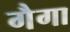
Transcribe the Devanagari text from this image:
गैगा